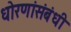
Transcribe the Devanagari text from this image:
धोरणांसंबंधी